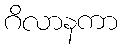
ဂိလာနကာ